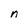
Character: n